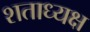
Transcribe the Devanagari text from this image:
शताध्यक्ष